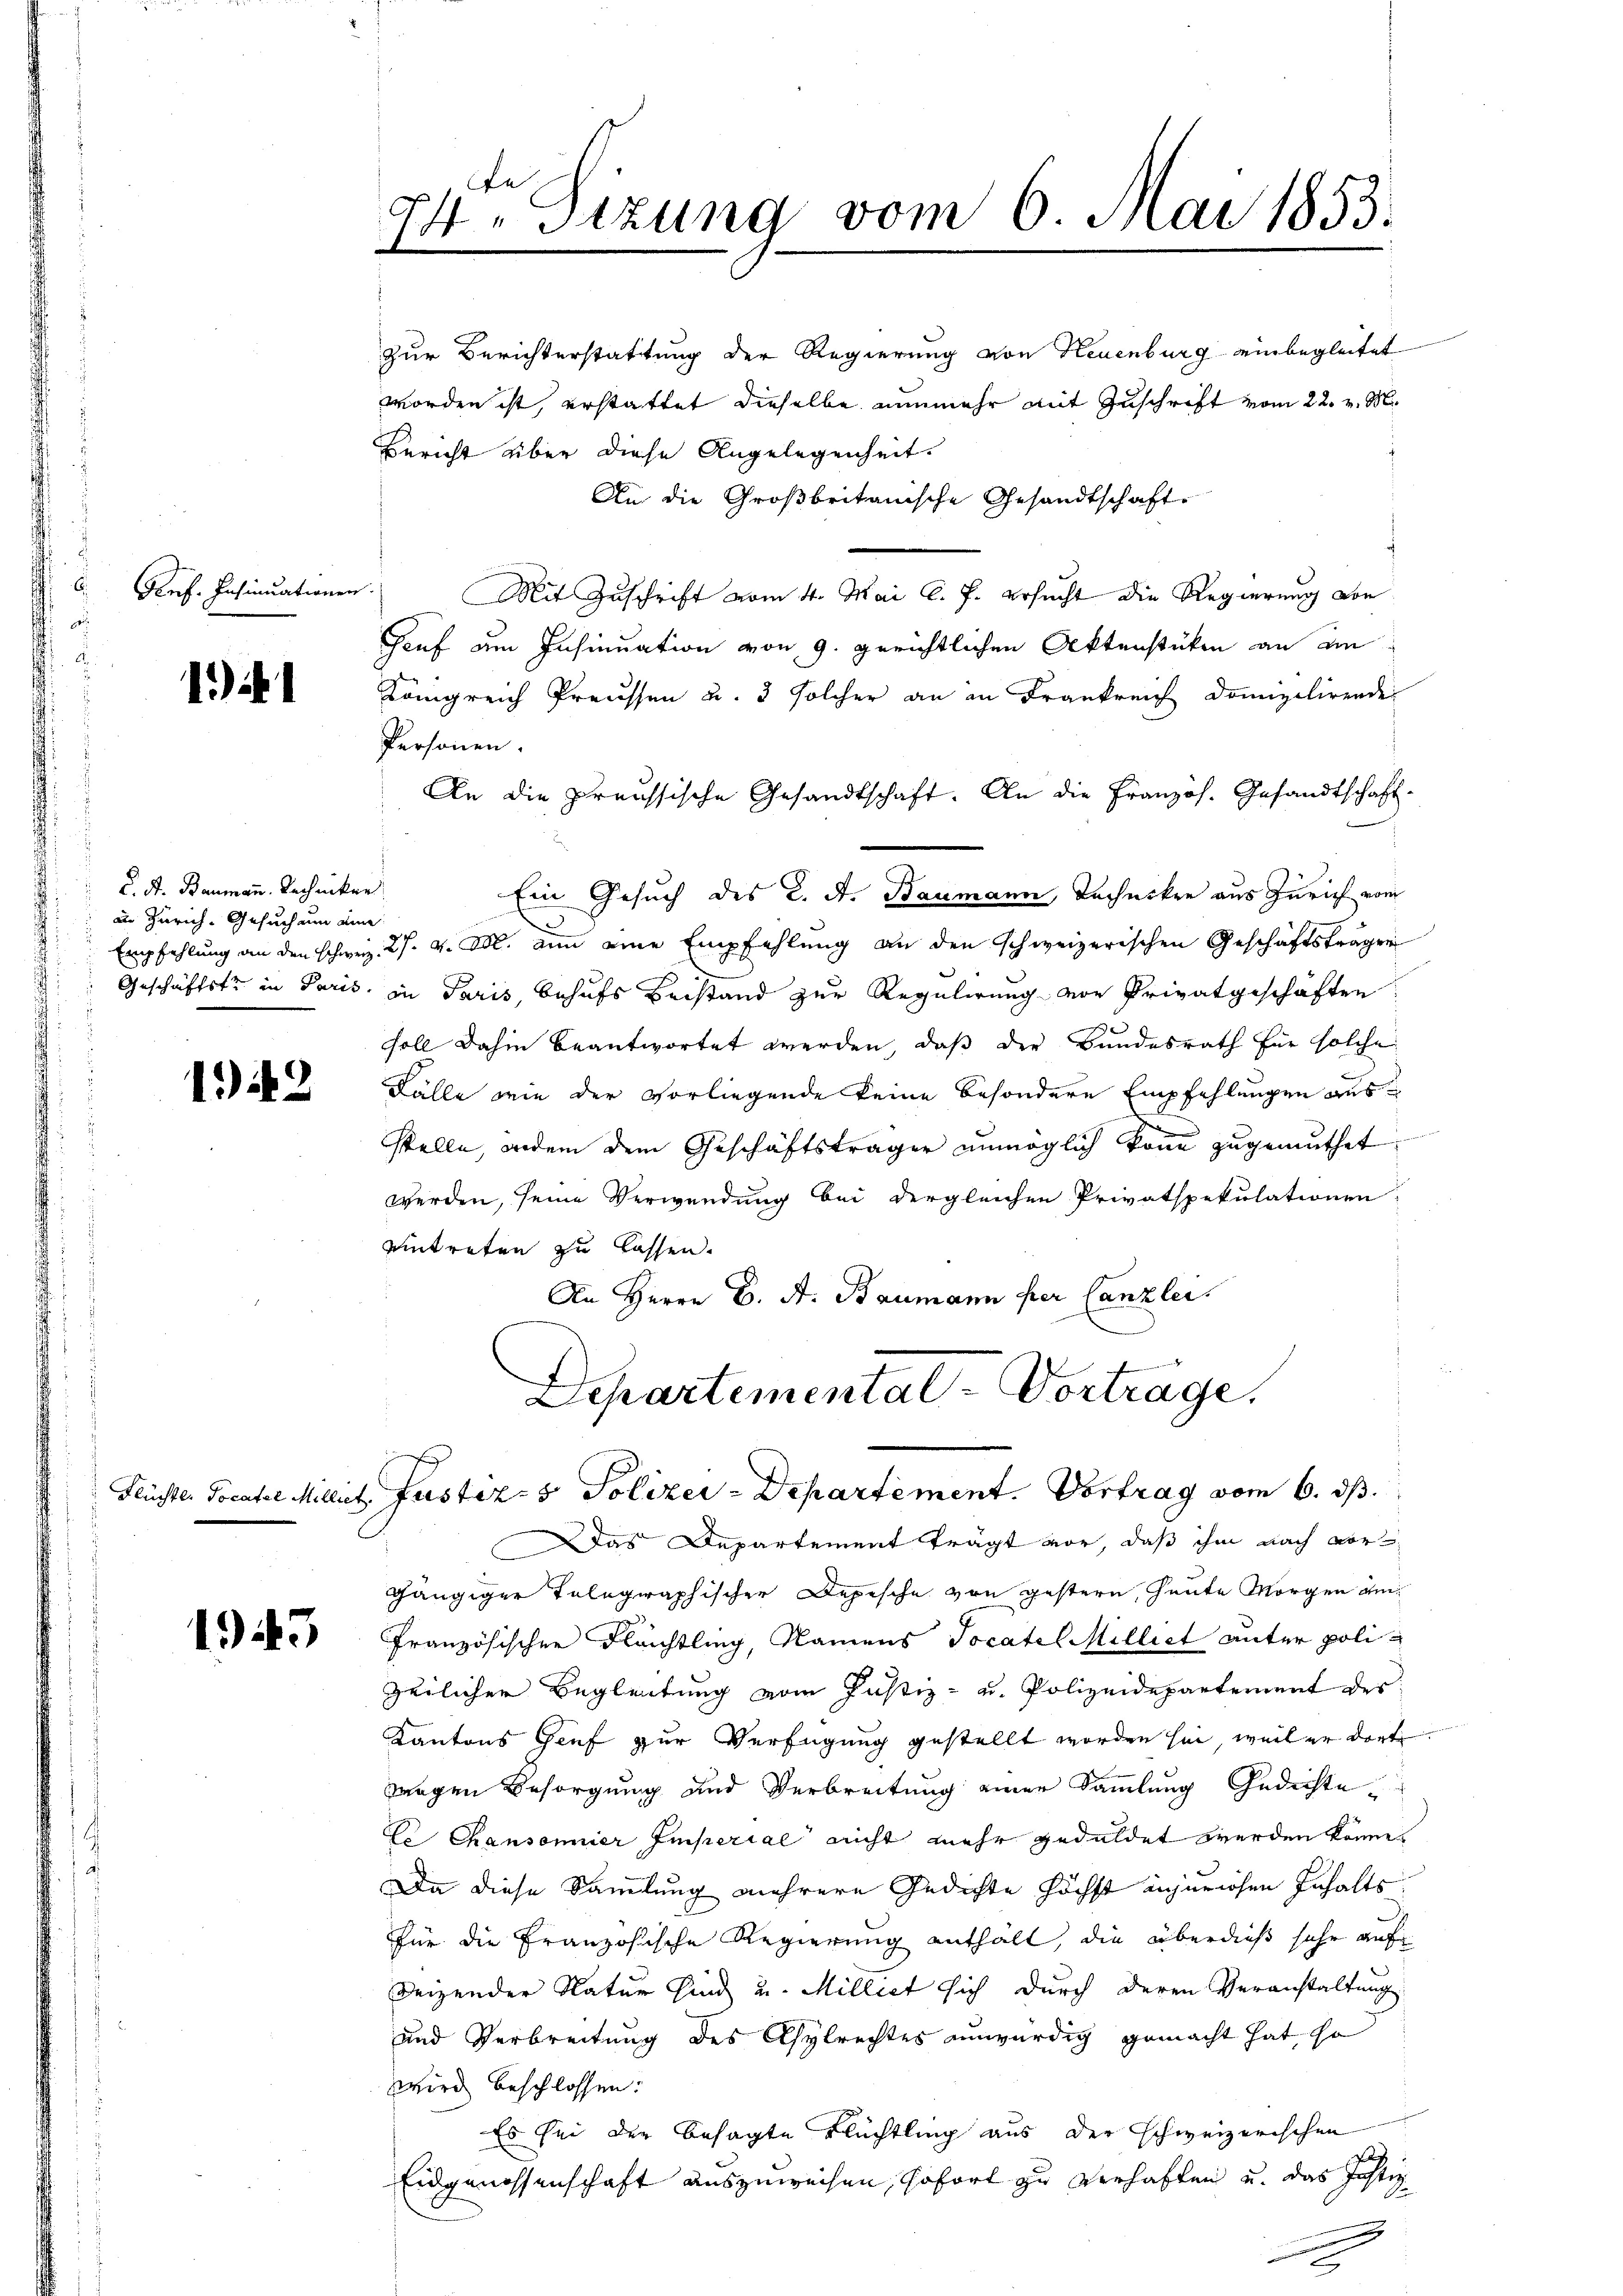
Pref. Insinuationen.
w

141

C. A. Baumann. Rechniker
in Zürich, Gesuch um eine

12

1943

24ten Sizung vom 6. Mai 1853.

worden ist, erstattet dieselbe nunmehr mit Zuschrift vom 22. v. M.
Bericht über diese Angelegenheit.
An die Großbritanische Gesandtschaft
Mit Zuschrift vom 4. Mai l. J. ersucht die Regierung von
Gruf am Insinuation von 9. gerichtlichen Aktenstücken an ain
Königreich Preussen u. 5 solcher an in Frankreich Domizilirende
Personen.
An die preussische Gesandtschaft. An die Französ. Gesandtschaft-
Ein Gesuch des L. St. Baumann, Techniken aus Zürich vom
d
Empfehlung an den schweiz. 27. v. Abl. nun eine Empfehlung an den schweizerischen Geschäftsträger
Geschäftste in Paris, in Paris, behufs Beistand zur Regulirung von Privatgeschäften
soll dahin beantwortet werden, daß der Bundesrath für solche
Fälle wie der vorliegende keine besondere Empfehlungen aus
stelle, indem dem Geschäftsträger unmöglich konn zugemuthet
werden, seine Verwendung bei dergleichen Privatspekulationen
eintreten zu lassen.
An Herrn C. A. Baumann per Canzlei.
Departemental-Vorträge.

zur Berichterstattung der Regierung von Neuenburg einbegleitet

Flüchter Pocatel Millit Justiz- & Polizei-Departement. Vortrag vom 6. ds.

Das Departement trägt vor, daß ihm nach vorgängiger Telegraphischer Depische von gestern, heute Morgen am
Französischen Flächtling, Namens Pocatel Milliet unter polizeilicher Begleitung vom Justiz- u. Polizeidepartement des
Kantons Genf zur Verfügung gestellt worden sei, weil er dort
wegen Besorgung und Verbreitung einer Sammlung Gedichte
Ee Chansonnier Imperial nicht mehr geduldet werden könne.
Da diese Sammlung mehrere Gedichte höchst anzurichen Inhalts
für die Französische Regierung enthält, die überdieß sehr auf
seizender Natur sind u. Milliet sich durch deren Veranstaltung
und Verbreitung des Chylrechtes unwürdig gemacht hat, so
wird beschlossen:
Es sei der besagte Flüchtling aus der schweizerischen
Eidgenossenschaft auszuweisen, sofort zu verhaften u. das Justiz